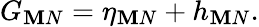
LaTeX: G_{\mathbf{M}N}=\eta_{\mathbf{M}N}+h_{\mathbf{M}N}.